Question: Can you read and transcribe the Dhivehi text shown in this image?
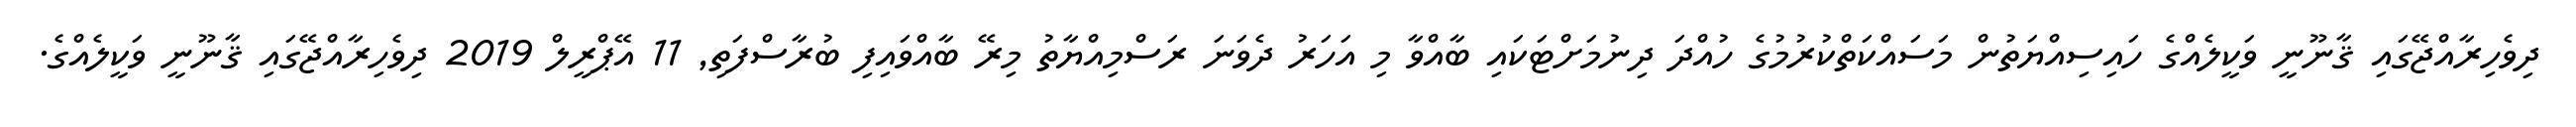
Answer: ދިވެހިރާއްޖޭގައި ޤާނޫނީ ވަކީލެއްގެ ހައިސިއްޔަތުން މަސައްކަތްކުރުމުގެ ހުއްދަ ދިނުމަށްޓަކައި ބާއްވާ މި އަހަރު ދެވަނަ ރަސްމިއްޔާތު މިރޭ ބާއްވައިފި ބުރާސްފަތި, 11 އޭޕްރީލް 2019 ދިވެހިރާއްޖޭގައި ޤާނޫނީ ވަކީލެއްގެ.